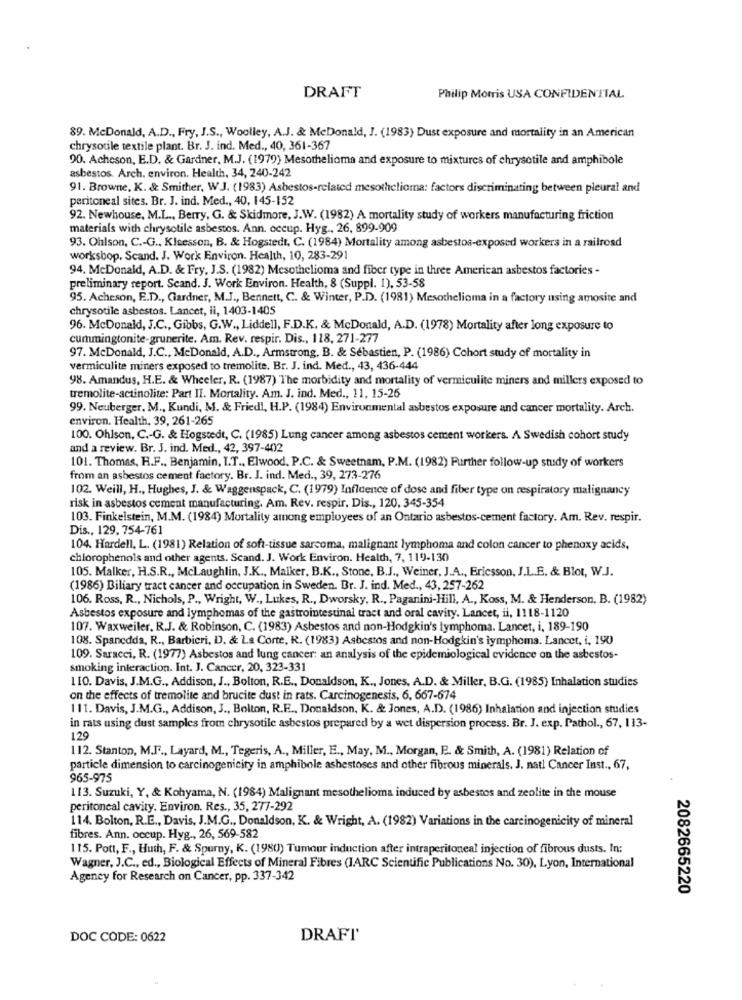
DRAFT
Philip Morris USA CONFIDENTIAL
89. McDonald, A.D ., Fry, J.S ., Woolley, A.J. & McDonald, J. (1983) Dust exposure and mortality in an American
chrysotile textile plant. Br. J. ind. Med ., 40, 361-367
90. Acheson, E.D. & Gardner, M.J. (1979) Mesothelioma and exposure to mixtures of chrysotile and amphibole
asbestos. Arch. environ. Health, 34, 240-242
91. Browne, K. & Smither, W.J. (1983) Asbestos-related mesothelioma: factors discriminating between pleural and
peritoneal sites. Br. J. ind. Med ., 40, 145-152
92. Newhouse, M.L ., Berry, G. & Skidmore, J.W. (1982) A mortality study of workers manufacturing friction
materials with chrysotile asbestos. Ann. occup. Hyg ., 26, 899-909
93. Ohlson, C .- G ., Klsesson, B. & Hogstedt, C. (1984) Mortality among asbestos-exposed workers in a railroad
workshop. Scand. J. Work Environ. Health, 10, 283-291
94. McDonald, A.D. & Fry, J.S. (1982) Mesothelioma and fiber type in three American asbestos factories -
preliminary report. Scand. J. Work Environ. Health, 8 (Suppl. 1), 53-58
95. Acheson, E.D ., Gardner, M.J ., Bennett, C. & Winter, P.D. (1981) Mesothelioma in a factory using amosite and
chrysotile asbestos. Lancet, li, 1403-1405
96. McDonald, J.C ., Gibbs, G.W ., Liddell, F.D.K. & McDonald, A.D. (1978) Mortality after long exposure to
cummingtonite-grunerite. Am. Rev. respir. Dis ., 118, 271-277
97. McDonald, J.C ., McDonald, A.D ., Armstrong, B. & Sébastien, P. (1986) Cohort study of mortality in
vermiculite miners exposed to tremolite, Br. J. ind. Med ., 43, 436-444
98. Amandus, H.E. & Wheeler, R. (1987) The morbidity and mortality of vermiculite miners and millers exposed to
tremolite-actinolite: Part II. Mortality. Am. J. ind. Med ., 11, 15-26
99. Neuberger, M ., Kundi, M. & Friedl, H.P. (1984) Environmental asbestos exposure and cancer mortality. Arch.
environ. Health, 39, 261-265
100. Ohlson, C .- G. & Hogstedt, C. (1985) Lung cancer among asbestos cement workers. A Swedish cohort study
and a review. Br. J. ind. Med ., 42, 397-402
101. Thomas, H.F ., Benjamin, I.T ., Elwood, P.C. & Sweetnam, P.M. (1982) Further follow-up study of workers
from an asbestos cement factory. Br. J. ind. Med ., 39, 273-276
102. Weill, H ., Hughes, J. & Waggenspack, C. (1979) Influence of dose and fiber type on respiratory malignancy
risk in asbestos cement manufacturing. Am. Rev. respir, Dis ., 120. 345-354
103. Finkelstein, M.M. (1984) Mortality among employees of an Ontario asbestos-cement factory. Am. Rev. respir.
Dis ., 129, 754-761
104. Hardell, L. (1981) Relation of soft-tissue sarcoma, malignant lymphoma and colon cancer to phenoxy acids,
chlorophenols and other agents. Scand. J. Work Environ. Health, 7, 119-130
105. Malker, H.S.R ., Mclaughlin, J.K ., Malker, B.K ., Stone, B.J ., Weiner, J.A ., Ericsson, J.L.E. & Blot, W.J.
(1986) Biliary tract cancer and occupation in Sweden. Br. J. ind. Med ., 43, 257-262
106. Ross, R ., Nichols, P ., Wright, W ., Lukes, R ., Dworsky, R ., Paganini-Hill, A ., Koss, M. & Henderson, B. (1982)
Asbestos exposure and lymphomas of the gastrointestinal tract and oral cavity. Lancet, il, 1118-1120
107. Waxweiler. R.J. & Robinson, C. (1983) Asbestos and non-Hodgkin's lymphoma. Lancet, i, 189-190
108. Spanedda, R ., Barbieri, D. & La Corte, R. (1983) Asbestos and non-Hodgkin's lymphoma. Lancet, i, 190
109. Saracci, R. (1977) Asbestos and lung cancer: an analysis of the epidemiological evidence on the asbestos-
smoking interaction. Int. J. Cancer, 20, 323-331
110. Davis, J.M.G ., Addison, J ., Bolton, R.E ., Donaldson, K ., Jones, A.D. & Miller, B.G. (1985) Inhalation studies
on the effects of tremolite and brucite dust in rats. Carcinogenesis, 6, 667-674
111. Davis, J.M.G ., Addison, J ., Bolton, R.E ., Donaldson, K. & Jones, A.D. (1986) Inhalation and injection studies
in rats using dust samples from chrysotile asbestos prepared by a wet dispersion process. Br. J. exp. Pathol ., 67, 113-
129
112. Stanton, M.F ., Layard, M ., Tegeris, A ., Miller, E ., May, M ., Morgan, E. & Smith, A. (1981) Relation of
particle dimension to carcinogenicity in amphibole ashestoses and other fibrous minerals. J. natl Cancer Inst ., 67,
965-975
113. Suzuki, Y, & Kohyama, N. (1984) Malignant mesothelioma induced by asbestos and zeolite in the mouse
peritoneal cavity. Environ. Res ., 35, 277-292
114. Bolton, R.E ., Davis, J.M.G ., Donaldson, K. & Wright, A. (1982) Variations in the carcinogenicity of mineral
fibres. Ann. occup. Hyg ., 26, 569-582
115. Pott, F ., Huth, F. & Spurny, K. (1980) Tumour induction after intraperitoneal injection of fibrous dusts. In:
Wagner, J.C ., ed ., Biological Effects of Mineral Fibres (IARC Scientific Publications No. 30), Lyon, International
Agency for Research on Cancer, pp. 337-342
2082665220
DOC CODE: 0622
DRAFT'